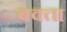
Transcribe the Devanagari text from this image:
बक्‍ता